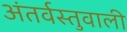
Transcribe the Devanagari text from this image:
अंतर्वस्तुवाली